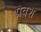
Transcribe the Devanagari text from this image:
प्रवश